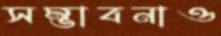
সম্ভাবনাও